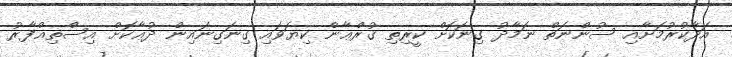
އަދާކުރުމަށާއި ސުންނަތް ނަމާދު ގިނަކޮށް ކީރިތި ޤުރްޢާން ކިޔަވައި ގިނަގިނައިން ދުޢާކޮށް އިސްތިޣްފާރު